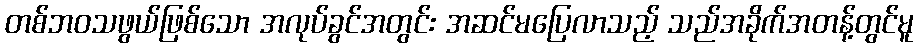
တစ်ဘဝသဖွယ်ဖြစ်သော အလုပ်ခွင်အတွင်း အဆင်မပြေလာသည့် သည်အခိုက်အတန့်တွင်မူ